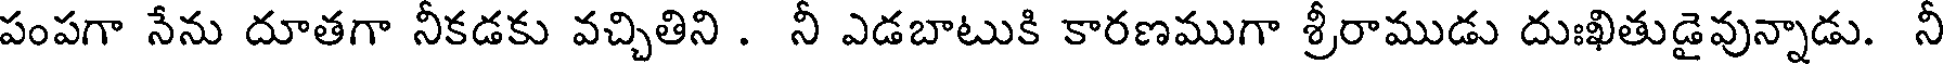
పంపగా నేను దూతగా నీకడకు వచ్చితిని . నీ ఎడబాటుకి కారణముగా శ్రీరాముడు దుఃఖితుడైవున్నాడు. నీ